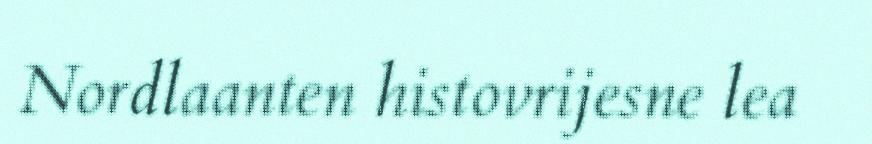
Nordlaanten histovrijesne lea